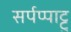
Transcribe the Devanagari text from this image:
सर्पप्पाट्टु